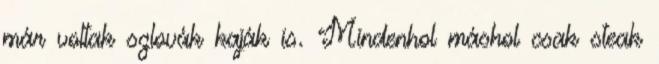
már voltak szlovák kaják is. Mindenhol máshol csak steak